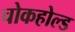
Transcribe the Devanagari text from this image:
चोकहोल्ड